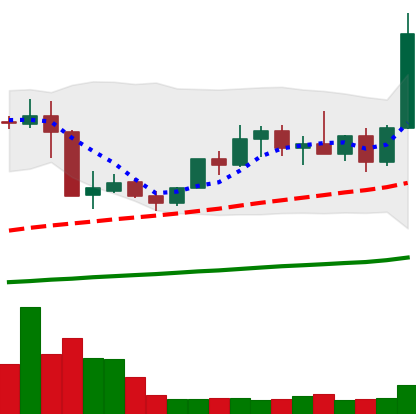
Ticker: XMR-USD
Chart end date: 2019-05-11
Forward return: 12.146%
Label: up_7plus